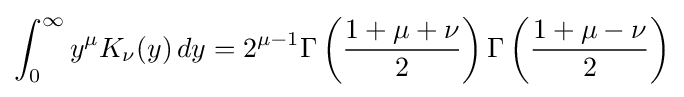
\int _{0}^{\infty }y^{\mu }K_{\nu }(y)\,dy=2^{\mu -1}\Gamma \left({\frac {1+\mu +\nu }{2}}\right)\Gamma \left({\frac {1+\mu -\nu }{2}}\right)